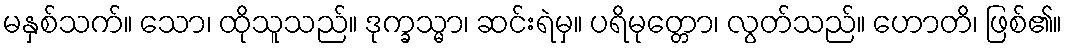
မနှစ်သက်။ သော၊ ထိုသူသည်။ ဒုက္ခသ္မာ၊ ဆင်းရဲမှ။ ပရိမုတ္တော၊ လွတ်သည်။ ဟောတိ၊ ဖြစ်၏။